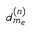
d _ { m _ { e } } ^ { ( n ) }